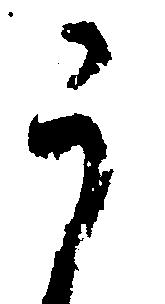
う